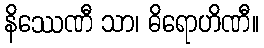
နိဿေဏီ သာ၊ ဓိရောဟိဏီ။